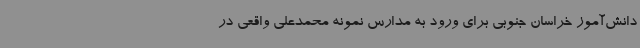
دانش‌آموز خراسان جنوبی برای ورود به مدارس نمونه محمدعلی واقعی در